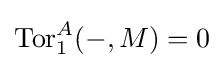
\operatorname {Tor} _{1}^{A}(-,M)=0